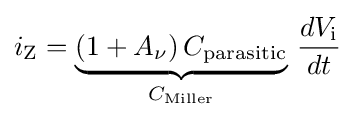
i_{\text{Z}}=\underbrace {(1+A_{\nu })\,C_{\text{parasitic}}} _{C_{\text{Miller}}}\,{dV_{\text{i}} \over dt}